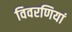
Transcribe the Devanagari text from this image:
विवरणियां